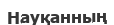
Науқанның